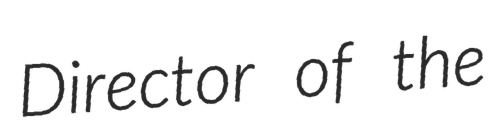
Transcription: Director of the